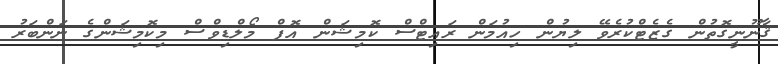
ޤާނޫނީގޮތުން ގެޒެޓްކުރެވޭ ލިޔުން ހިއުމަން ރައިޓްސް ކޮމިޝަން އޮފް މޯލްޑިވްސް މިކޮމިޝަންގެ ނަންބަރު